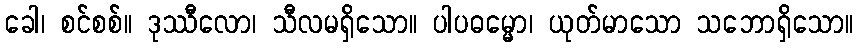
ခေါ၊ စင်စစ်။ ဒုဿီလော၊ သီလမရှိသော။ ပါပဓမ္မော၊ ယုတ်မာသော သဘောရှိသော။